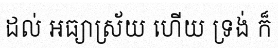
ដល់ អធ្យាស្រ័យ ហើយ ទ្រង់ ក៏